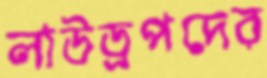
লাউড্রপদের